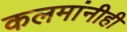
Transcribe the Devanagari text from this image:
कलमांनीही